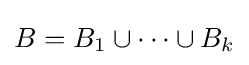
B=B_{1}\cup \cdots \cup B_{k}